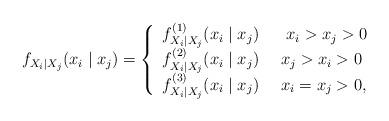
LaTeX: \begin{align*}f_{X_{i}\mid X_{j}}(x_{i}\mid x_{j})=\left\{ \begin{array}{l}f_{X_{i}\mid X_{j}}^{(1)}(x_{i}\mid x_{j})\ \ \ \ \ x_{i}>x_{j}>0\\ f_{X_{i}\mid X_{j}}^{(2)}(x_{i}\mid x_{j})\ \ \ \ x_{j}>x_{i}>0\\ f_{X_{i}\mid X_{j}}^{(3)}(x_{i}\mid x_{j})\ \ \ \ x_{i}=x_{j}>0,\end{array}\right. \end{align*}